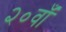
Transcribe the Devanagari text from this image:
२०वाँ